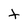
Character: t